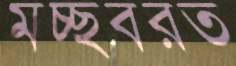
মচ্ছবরত